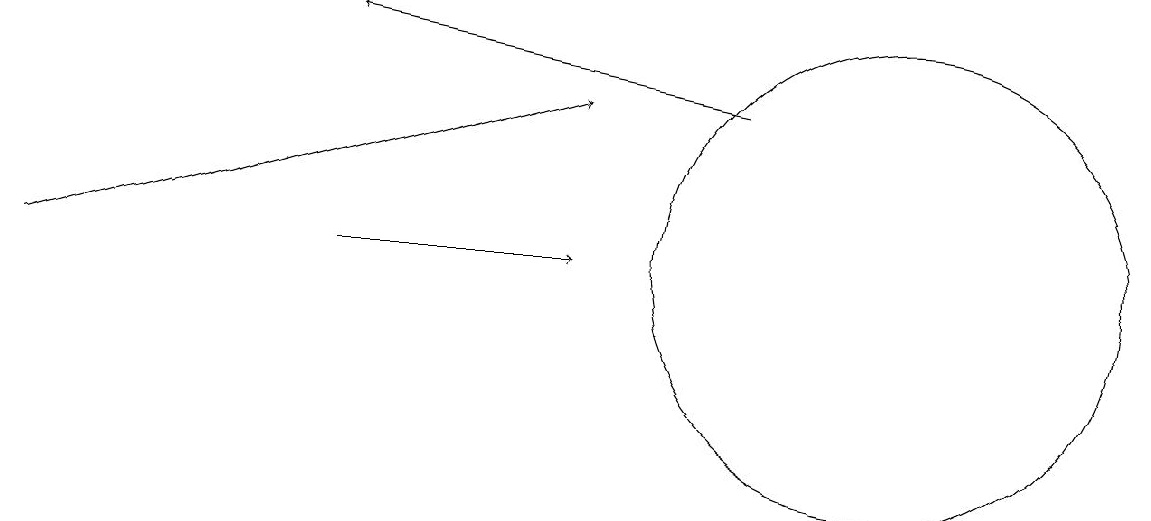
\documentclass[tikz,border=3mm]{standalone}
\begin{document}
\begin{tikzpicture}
\draw[->] (4,12) -- (7,12);
\draw (11,12) circle (3);
\draw[->] (9,14) -- (4,15);
\draw[->] (0,12) -- (7,14);
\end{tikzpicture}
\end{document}